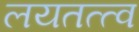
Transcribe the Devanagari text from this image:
लयतत्त्व